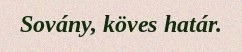
Sovány, köves határ.